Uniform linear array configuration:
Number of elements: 16
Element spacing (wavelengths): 0.5
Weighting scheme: uniform
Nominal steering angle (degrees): -15
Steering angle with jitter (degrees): -14.578
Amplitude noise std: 0.05
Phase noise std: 0.05

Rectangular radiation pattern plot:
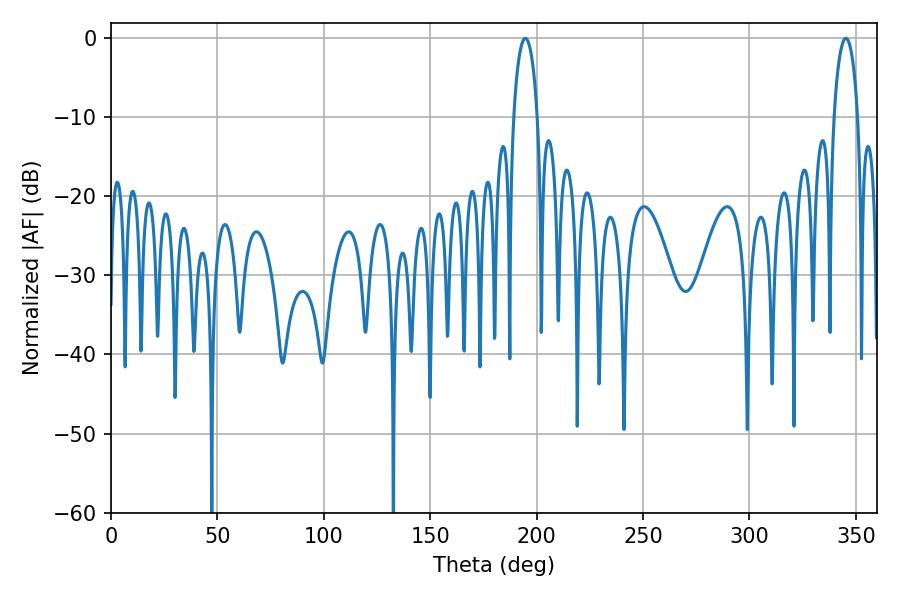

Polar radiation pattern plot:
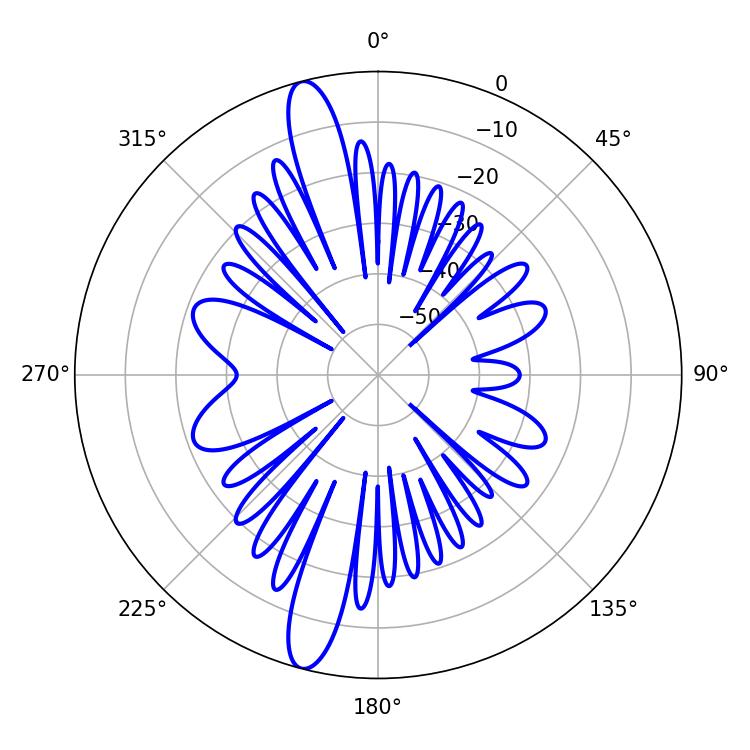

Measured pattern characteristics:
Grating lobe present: FALSE
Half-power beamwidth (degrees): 6.3
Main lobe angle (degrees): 194.76